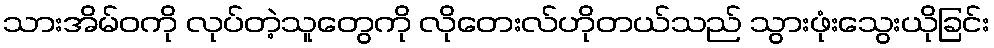
သားအိမ်ဝကို လုပ်တဲ့သူတွေကို လိုတေးလ်ဟိုတယ်သည် သွားဖုံးသွေးယိုခြင်း